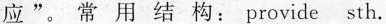
应”。常用结构：provide sth。